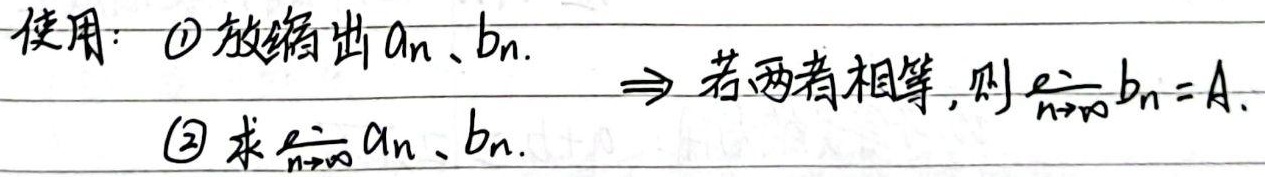
使用：\textcircled{1} 放缩出\(a_{n}\)、\(b_{n}\)。\textcircled{2} 求\(\lim_{n \to \infty} a_{n}\)、\(b_{n}\)。\(\Rightarrow\) 若两者相等，则\(\lim_{n \to \infty} b_{n} = A\)。